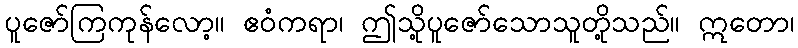
ပူဇော်ကြကုန်လော့။ ဧဝံကရာ၊ ဤသို့ပူဇော်သောသူတို့သည်။ ဣတော၊